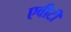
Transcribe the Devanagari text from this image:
एवीटी